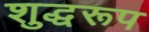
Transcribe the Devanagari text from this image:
शुद्धरूप